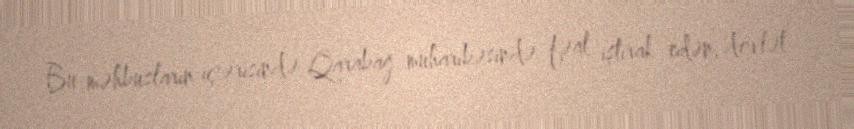
Bu məhbusların içərisində Qarabağ müharibəsində fəal iştirak edən, dövlət